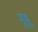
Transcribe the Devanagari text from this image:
मूमू